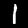
Digit: 1